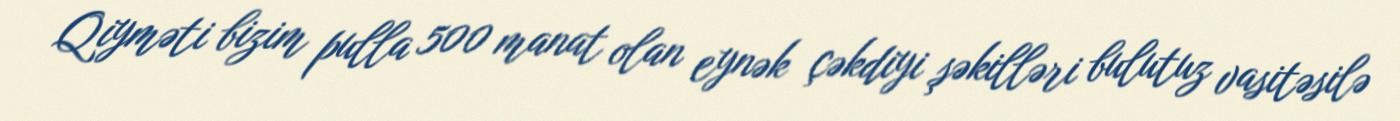
Qiyməti bizim pulla 500 manat olan eynək çəkdiyi şəkilləri bulutuz vasitəsilə